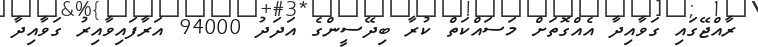
ރާއްޖޭގައި ގަވާއިދާ އެއްގޮތަށް މަސައްކަތް ކުރާ ބިދޭސީންގެ އަދަދު 94000 އަރާފައިވާއިރު ގަވާއިދާ